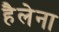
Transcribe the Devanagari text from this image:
हैलेना